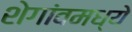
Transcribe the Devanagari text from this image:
शेगांवमध्ये